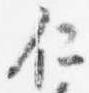
仁